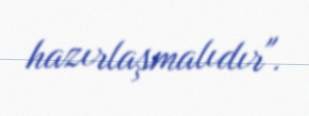
hazırlaşmalıdır".